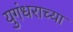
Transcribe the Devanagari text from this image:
युगंधराच्या